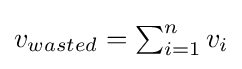
{\textstyle v_{wasted}=\sum _{i=1}^{n}v_{i}}